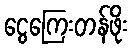
ငွေကြေးတန်ဖိုး